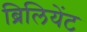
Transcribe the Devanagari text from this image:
ब्रिलियेंट